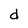
Character: d